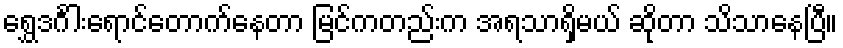
ရွှေဒင်္ဂါးရောင်တောက်နေတာ မြင်ကတည်းက အရသာရှိမယ် ဆိုတာ သိသာနေပြီ။